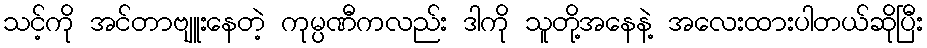
သင့်ကို အင်တာဗျူးနေတဲ့ ကုမ္ပဏီကလည်း ဒါကို သူတို့အနေနဲ့ အလေးထားပါတယ်ဆိုပြီး